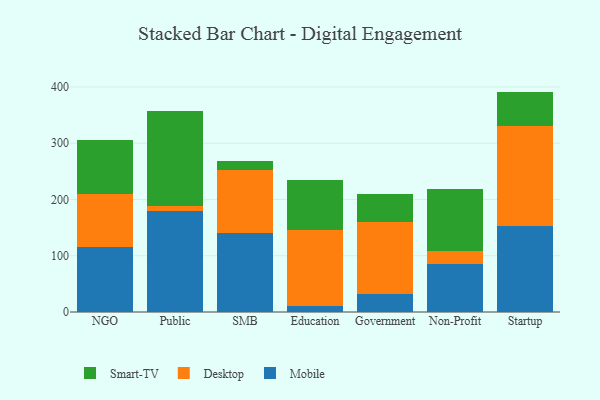
{"axis": {"x": "Segment", "y": "LTV (USD)"}, "legend": ["Desktop", "Mobile", "Smart-TV"], "data": [{"x": "NGO", "y": 116.2, "type": "Mobile"}, {"x": "NGO", "y": 94.4, "type": "Desktop"}, {"x": "NGO", "y": 95.2, "type": "Smart-TV"}, {"x": "Public", "y": 178.8, "type": "Mobile"}, {"x": "Public", "y": 10.2, "type": "Desktop"}, {"x": "Public", "y": 168.6, "type": "Smart-TV"}, {"x": "SMB", "y": 140.5, "type": "Mobile"}, {"x": "SMB", "y": 112.7, "type": "Desktop"}, {"x": "SMB", "y": 14.7, "type": "Smart-TV"}, {"x": "Education", "y": 11.3, "type": "Mobile"}, {"x": "Education", "y": 133.6, "type": "Desktop"}, {"x": "Education", "y": 89.7, "type": "Smart-TV"}, {"x": "Government", "y": 32.1, "type": "Mobile"}, {"x": "Government", "y": 128.5, "type": "Desktop"}, {"x": "Government", "y": 49.1, "type": "Smart-TV"}, {"x": "Non-Profit", "y": 84.6, "type": "Mobile"}, {"x": "Non-Profit", "y": 24.4, "type": "Desktop"}, {"x": "Non-Profit", "y": 108.8, "type": "Smart-TV"}, {"x": "Startup", "y": 153.0, "type": "Mobile"}, {"x": "Startup", "y": 178.0, "type": "Desktop"}, {"x": "Startup", "y": 60.8, "type": "Smart-TV"}]}